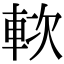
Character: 𨋰